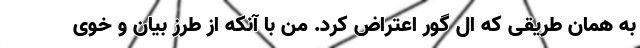
به همان طریقی که ال گور اعتراض کرد. من با آنکه از طرزِ بیان و خوی